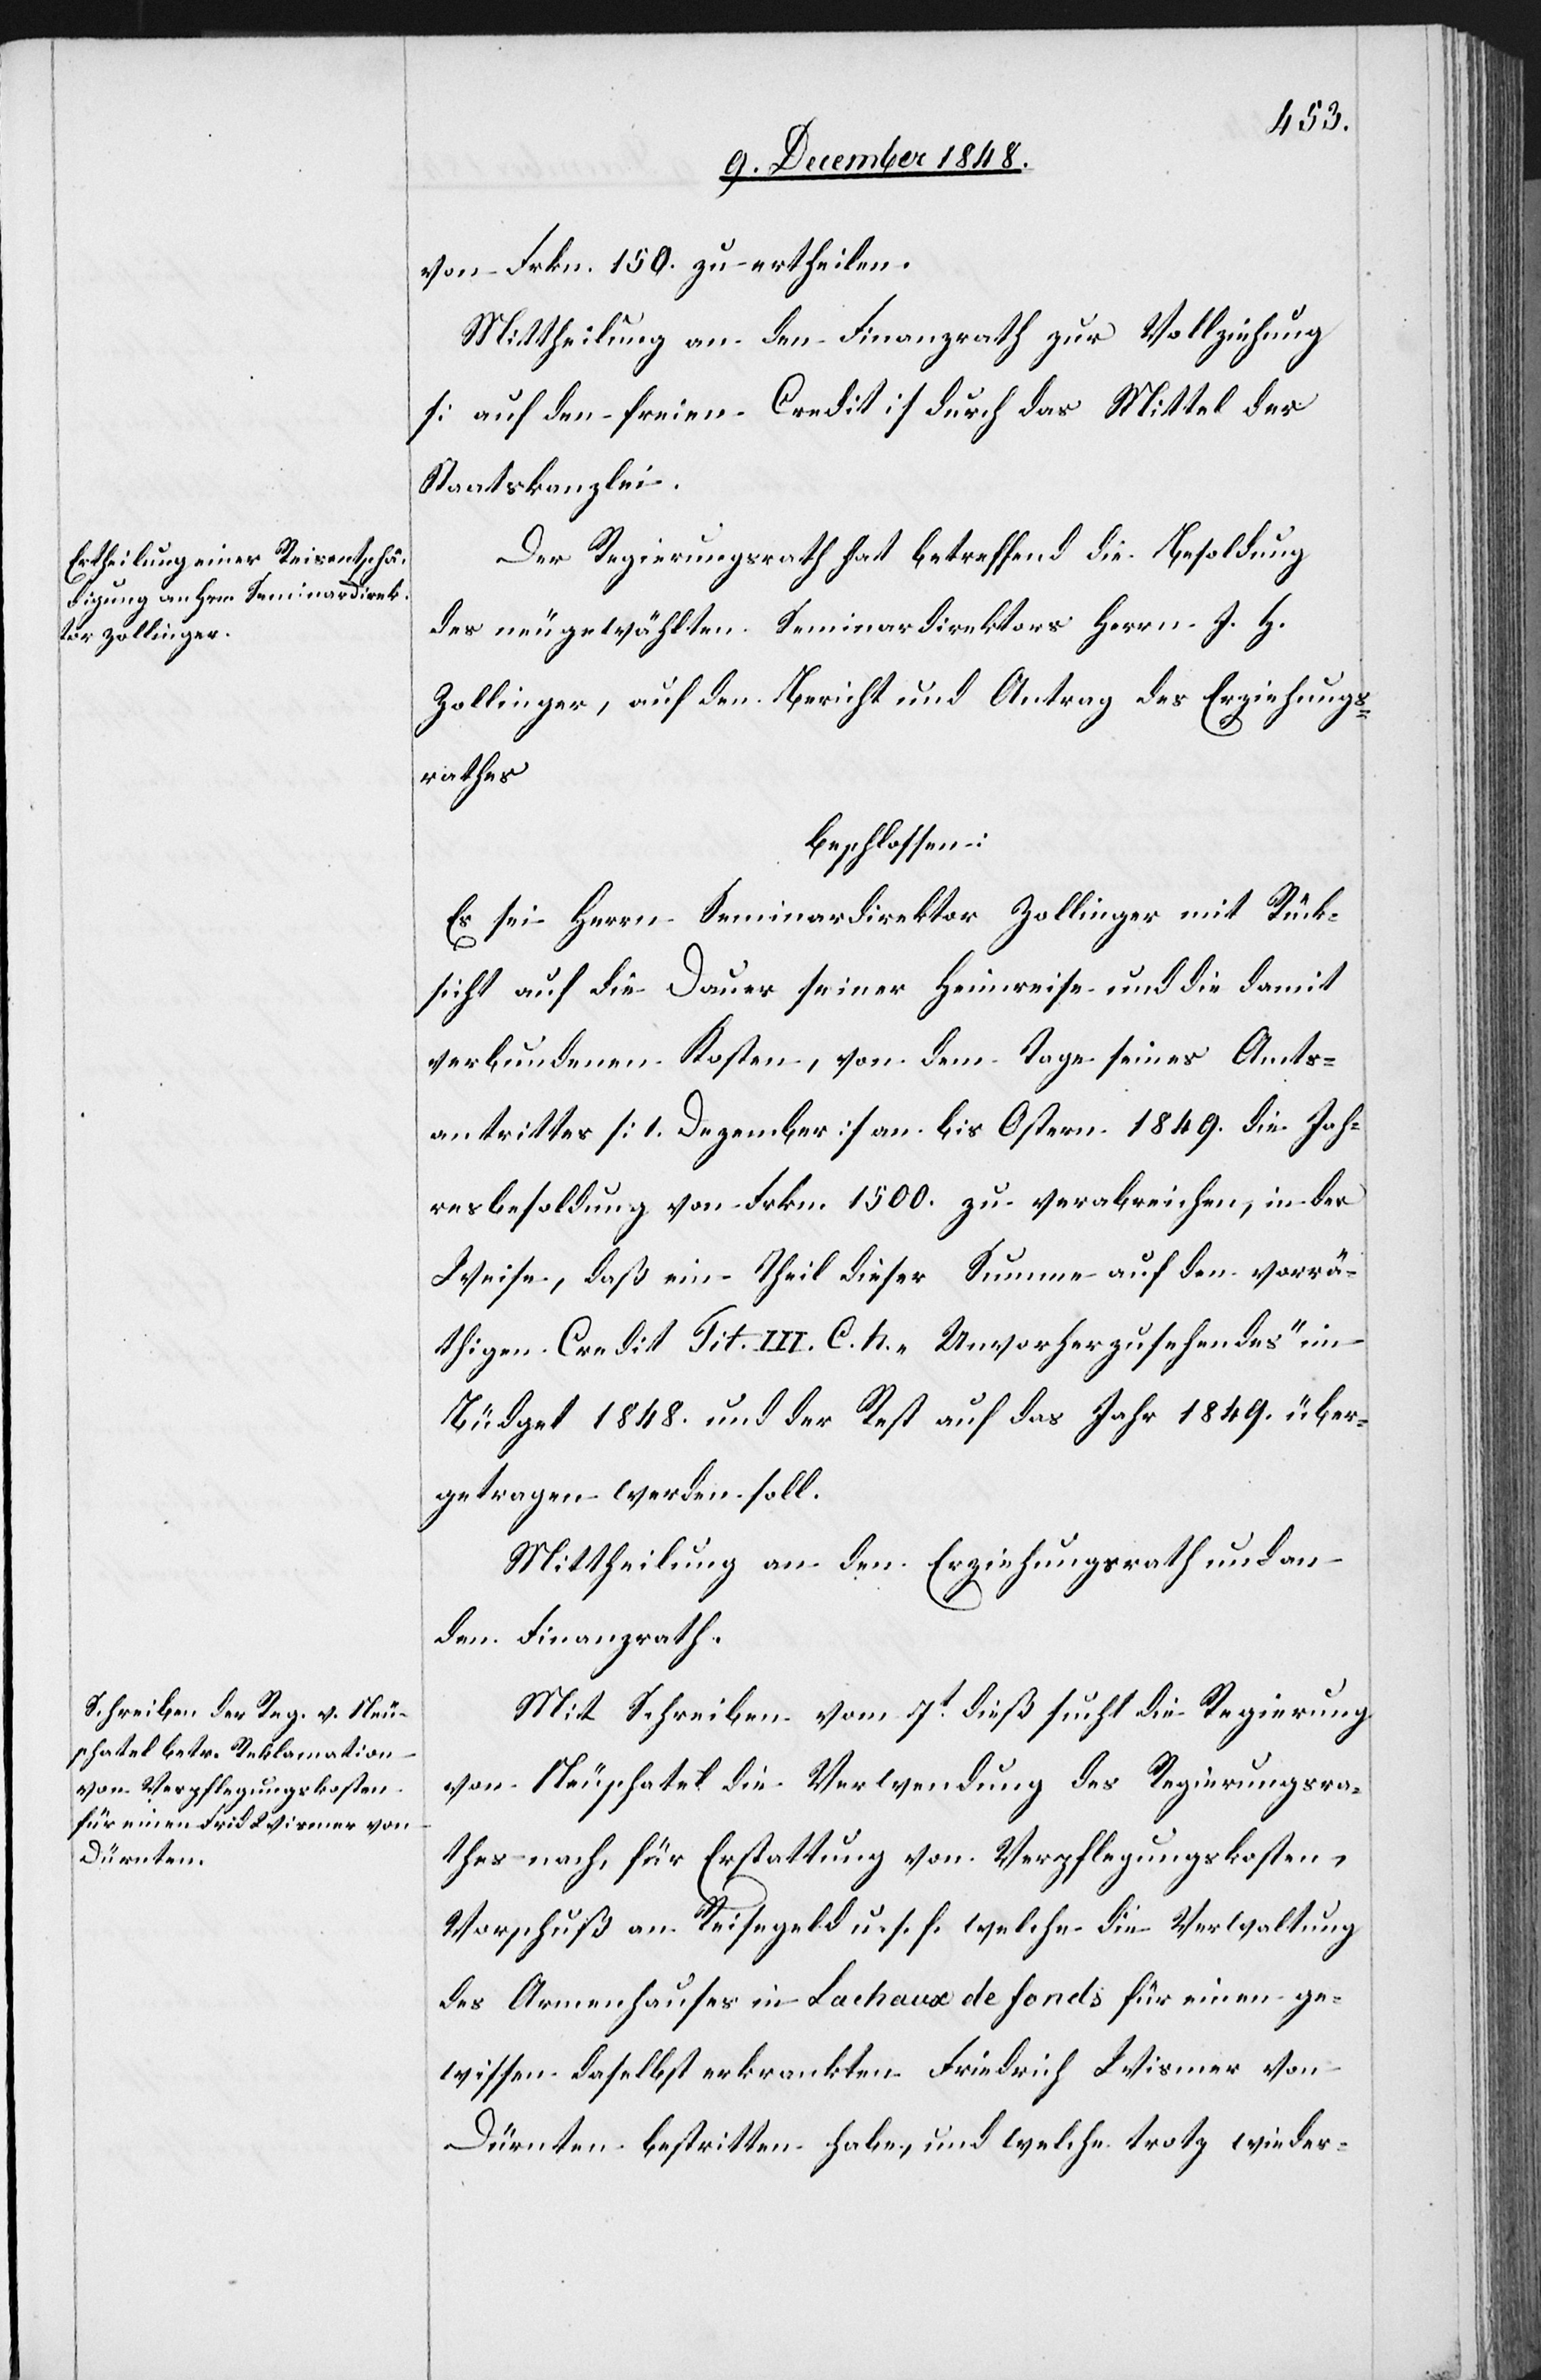
von Frkn. 150. zu ertheilen.
Mittheilung an den Finanzrath zur Vollziehung
[auf den freien Credit] durch das Mittel der
Staatskanzlei.
Der Regierungsrath hat betreffend die Besoldung
des neugewählten Seminardirektors Herrn J. H.
Zollinger, auf den Bericht und Antrag des Erziehungs¬
rathes
beschlossen:
Es sei Herrn Seminardirektor Zollinger mit Rück¬
sicht auf die Dauer seiner Heimreise und die damit
verbundenen Kosten, von dem Tage seines Amts¬
antrittes [1. Dezember ] an bis Ostern 1849. die Jah¬
resbesoldung von Frkn. 1500. – zu verabreichen, in der
Weise, daß ein Theil dieser Summe auf den vorrä¬
thigen Credit Tit. III. C. h. „Unvorherzusehendes“ im
Büdget 1848. und der Rest auf das Jahr 1849. über¬
getragen werden soll.
Mittheilung an den Erziehungsrath und an
den Finanzrath.
Mit Schreiben vom 7t dieß sucht die Regierung
von Neuschatel die Verwendung des Regierungsra¬
thes nach, für Erstattung von Verpflegungskoste¬
n-Vorschuß an Reisegeld u. s. f. welche die Verwaltung
des Armenhauses in Lachaux de fonds für einen ge¬
wissen daselbst erkrankten Friedrich Wismer von
Dürnten bestritten habe, und welche trotz wieder-